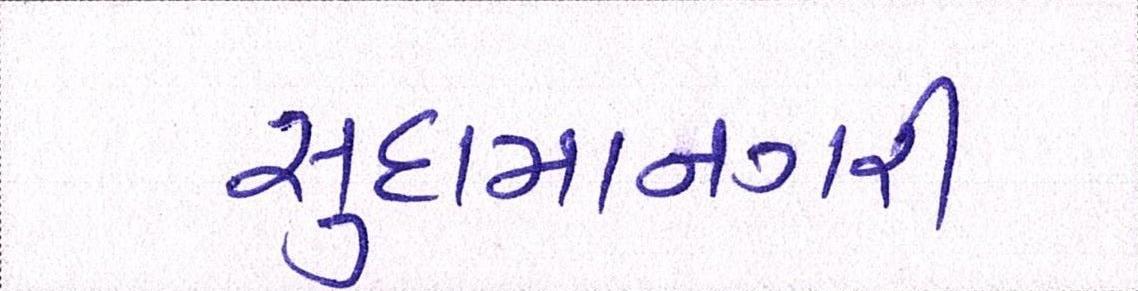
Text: સુદામાનગરી